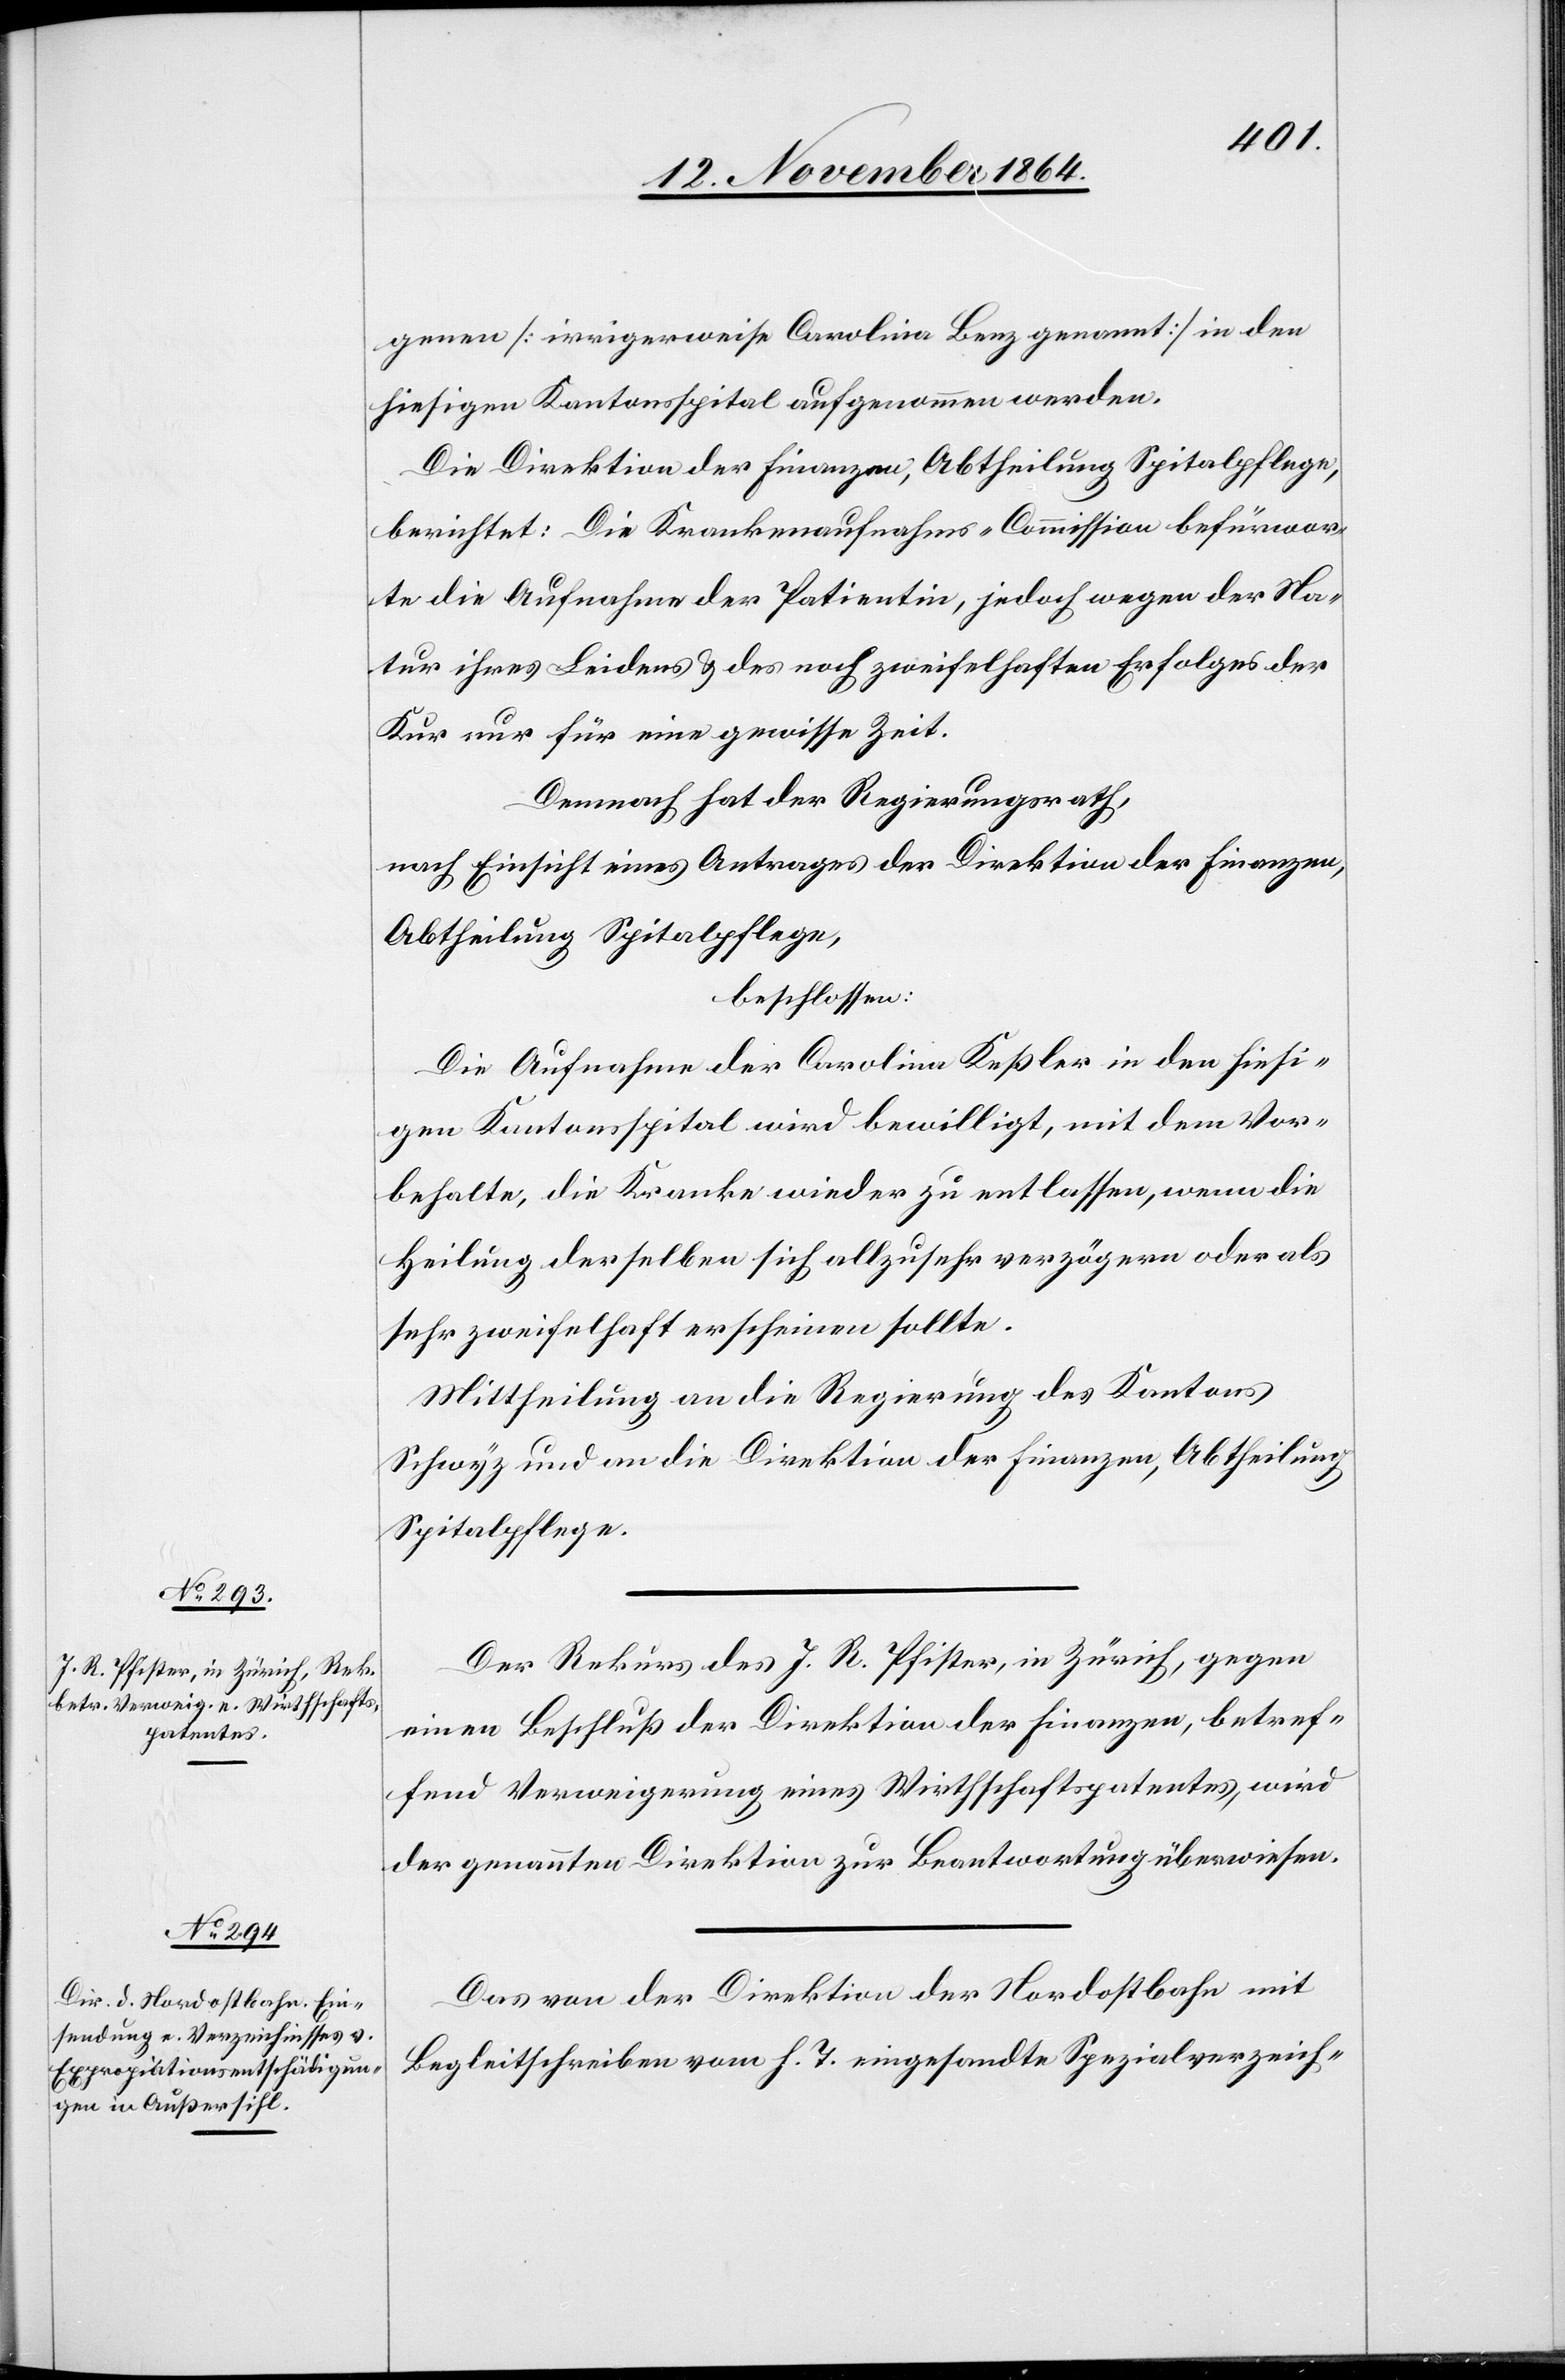
17. November 1864.]
genen [irrigerweise Carolina Benz genannt] in den
hiesigen Kantonsspital aufgenommen werden.
Die Direktion der Finanzen, Abtheilung Spitalpflege,
berichtet: Die Krankenaufnahms-Commission befürwor¬
te die Aufnahme der Patientin, jedoch wegen der Na¬
tur ihres Leidens & des noch zweifelhaften Erfolges der
Kur nur für eine gewisse Zeit.
Demnach hat der Regierungsrath,
nach Einsicht eines Antrages der Direktion der Finanzen,
Abtheilung Spitalpflege,
beschlossen:
Die Aufnahme der Carolina Keßler in den hiesi¬
gen Kantonsspital wird bewilligt, mit dem Vor¬
behalte, die Kranke wieder zu entlassen, wenn die
Heilung derselben sich allzusehr verzögern oder als
sehr zweifelhaft erscheinen sollte.
Mittheilung an die Regierung des Kantons
Schwyz und an die Direktion der Finanzen, Abtheilung
Spitalpflege.
Der Rekurs des J. R. Pfister, in Zürich, gegen
einen Beschluß der Direktion der Finanzen, betref¬
fend Verweigerung eines Wirthschaftspatentes, wird
der genannten Direktion zur Beantwortung überwiesen.
Das von der Direktion der Nordostbahn mit
Begleitschreiben vom h. T. eingesandte Spezialverzeich-